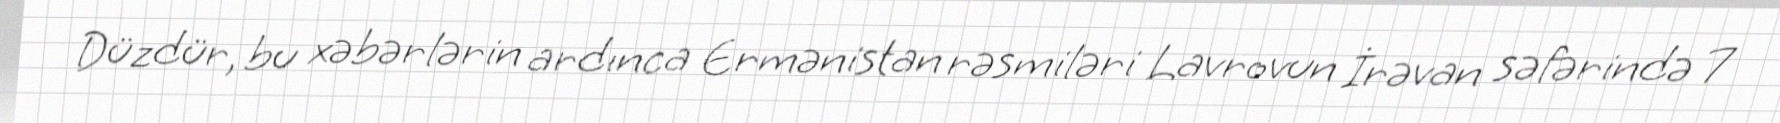
Düzdür, bu xəbərlərin ardınca Ermənistan rəsmiləri Lavrovun İrəvan səfərində 7